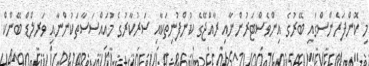
މި ކޮންފަރެންސްގައި ބޭރުގެ އިންވެސްޓަރުންނާއި ރާއްޖޭގެ ކުންފުނިތަކާއި ސަރުކާރުގެ މުއައްސަސާތަކުންނާއި ވަރލްޑް ބޭންކް